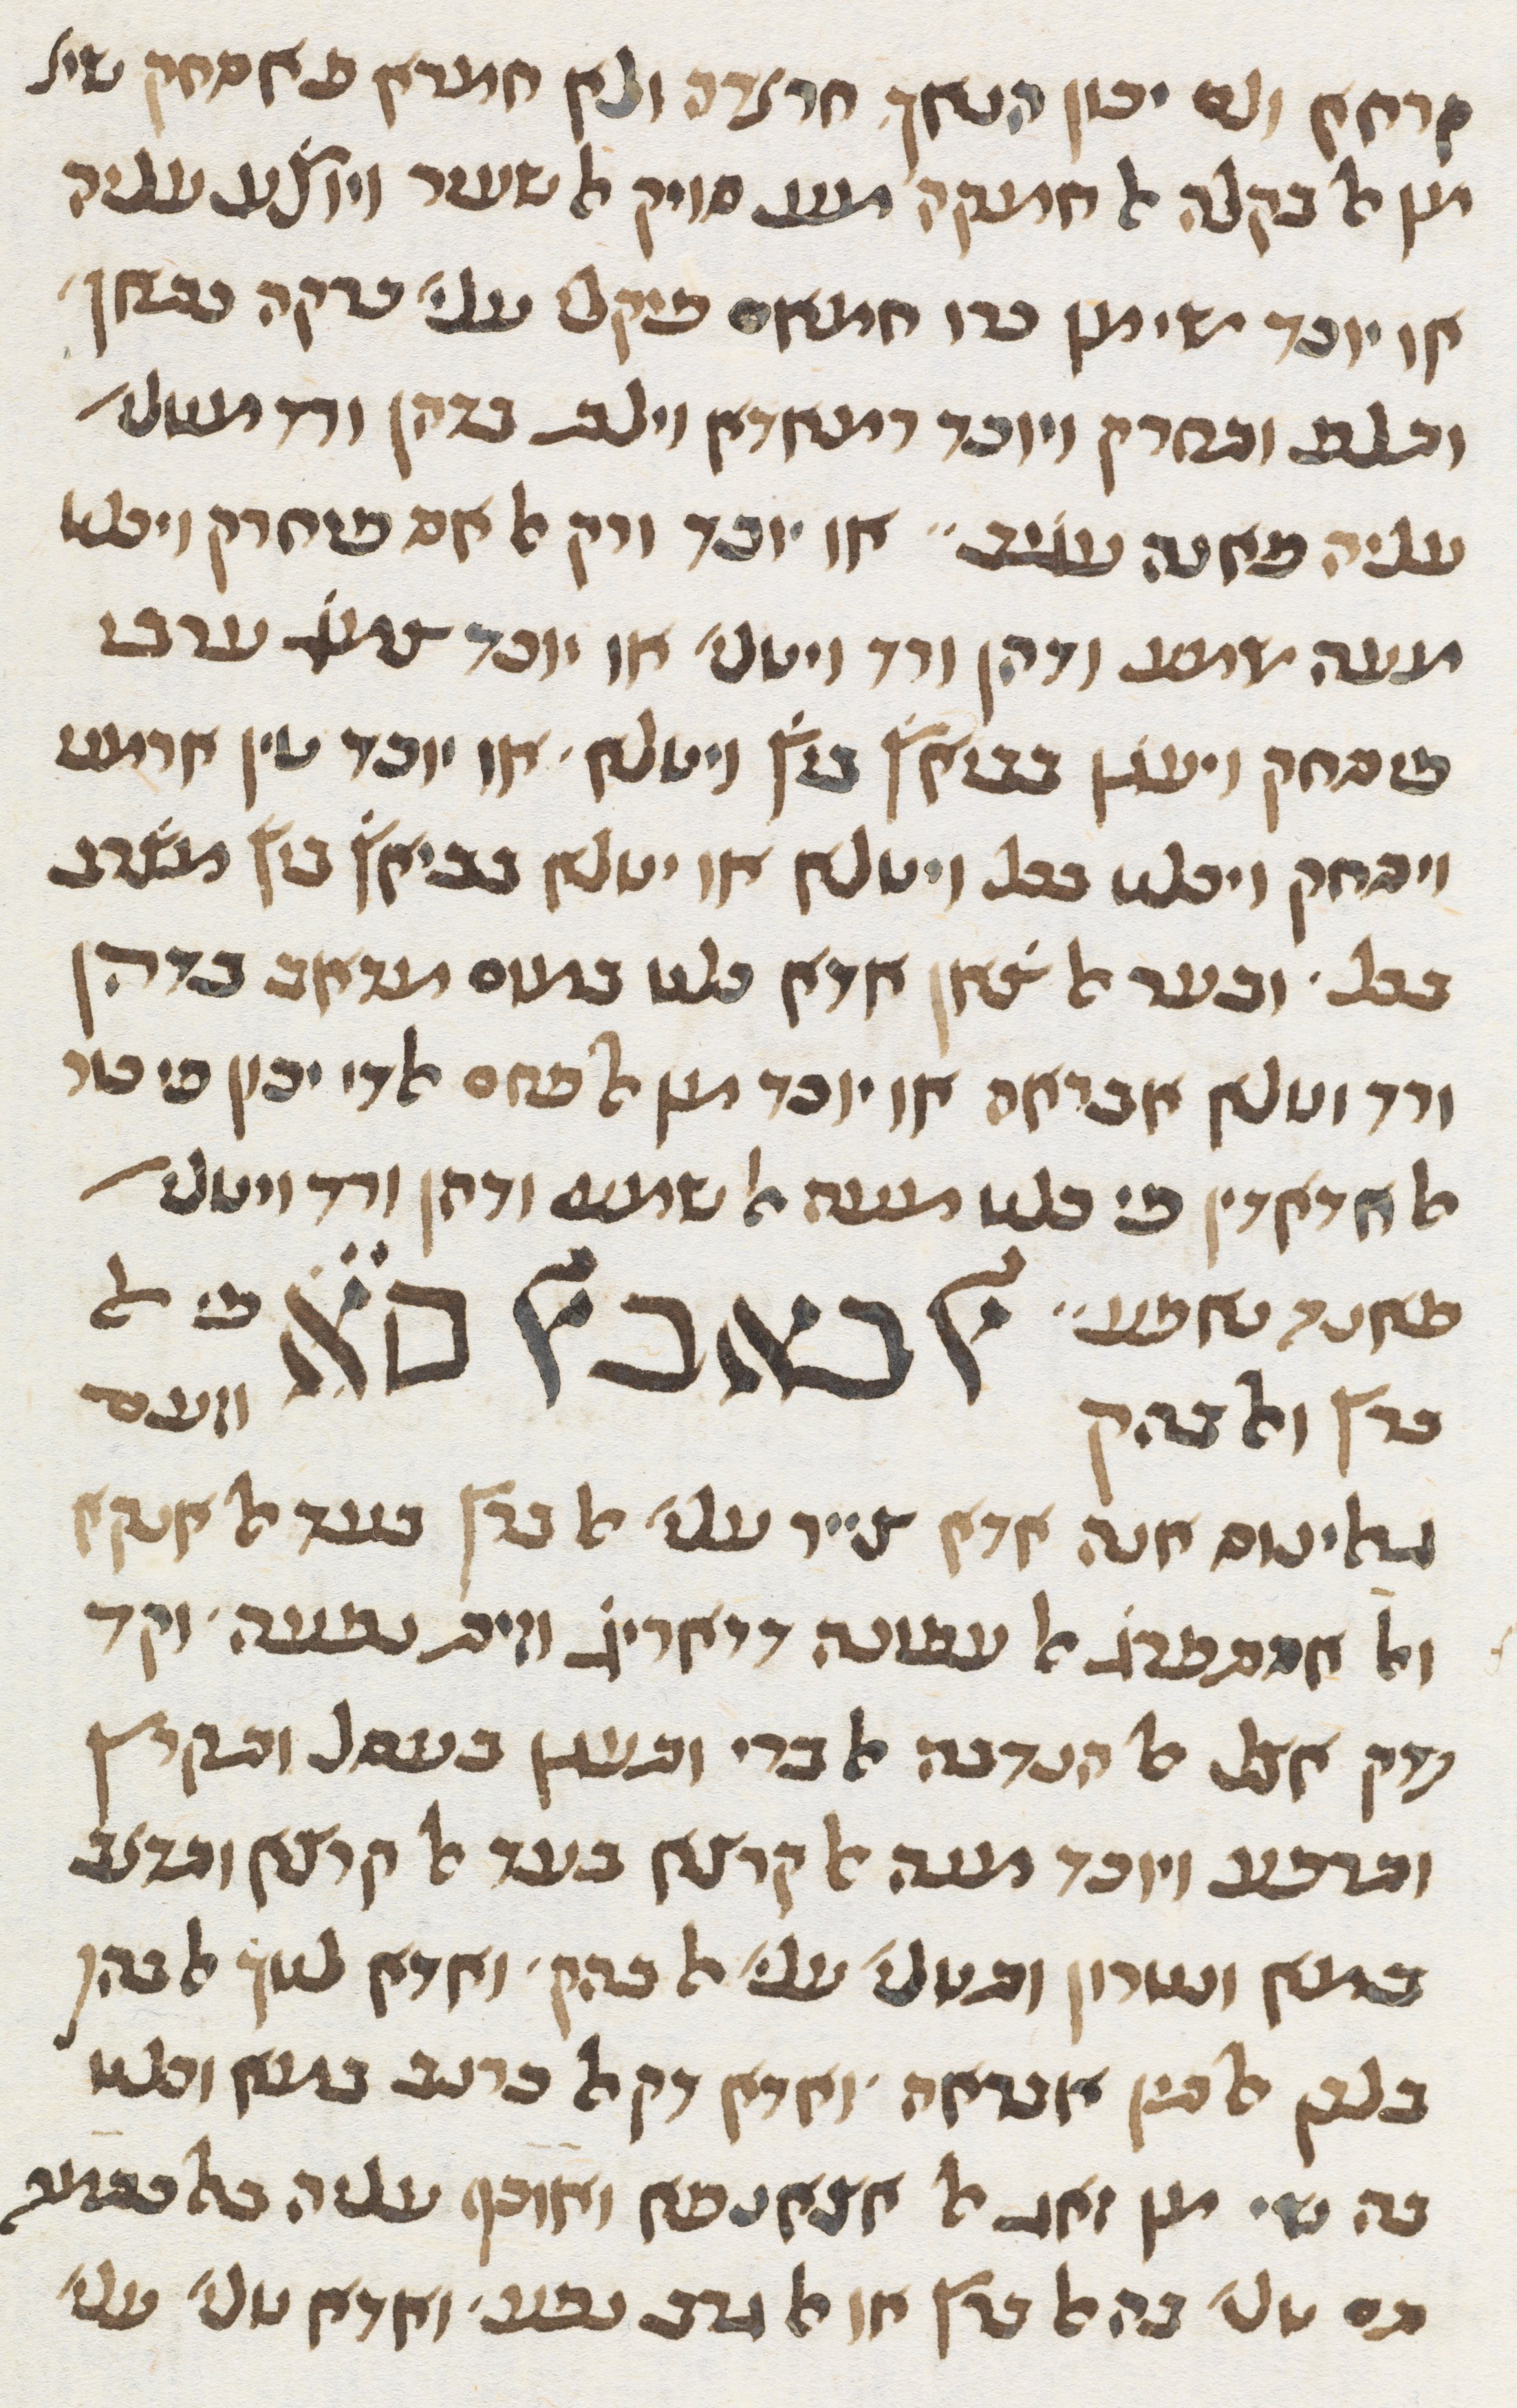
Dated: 1413–1413